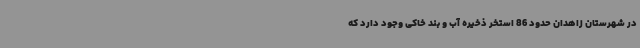
در شهرستان زاهدان حدود 86 استخر ذخیره آب و بند خاکی وجود دارد که